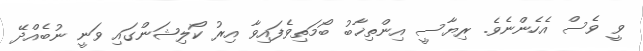
ވީ ވެސް އެހެންނެވެ. ރިޔާސީ އިންތިޚާބު ބޯމަތިވެފައިވާ އިރު ކޯލިޝަންގައި ވަނީ ނުބެއްދޭ